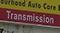
transmission